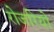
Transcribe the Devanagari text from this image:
रोजरियो